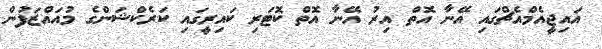
އައިޖީއެމްއެޗްގައި އޭނާ އޮތް އިރު އޭނާ އޮތް ކޮޓަރި ކައިރީގައި ކަރެކްޝަންގެ މުއައްޒަފުން